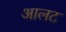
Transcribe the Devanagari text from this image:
आलट